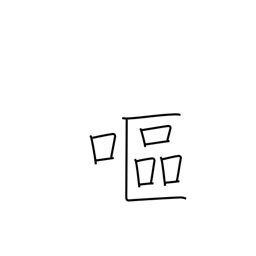
Meaning: nauseated